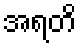
အရတိ